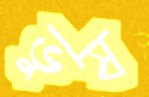
ভুষ